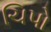
ચિપો